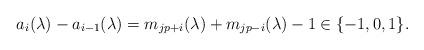
LaTeX: \begin{align*}a_i(\lambda)-a_{i-1}(\lambda)=m_{jp+i}(\lambda)+m_{jp-i}(\lambda)-1 \in\{-1,0,1\}.\end{align*}